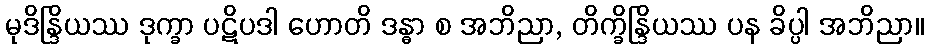
မုဒိန္ဒြိယဿ ဒုက္ခာ ပဋိပဒါ ဟောတိ ဒန္ဓာ စ အဘိညာ, တိက္ခိန္ဒြိယဿ ပန ခိပ္ပါ အဘိညာ။